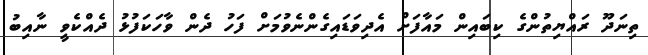
ތިނަދޫ ރައްޔިތުންގެ ކިބައިން މައާފަށް އެދިވަޑައިގެންނެވުމަށް ފަހު ދެން ވާހަކަފުޅު ދެއްކެވީ ނާއިބު